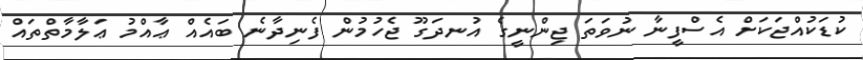
ކުޑަކުއްޖަކަށް އެސްފީނާ ނުވަތަ ޖިންނީގެ އުނދަގޫ ޖެހުމުން ފެނިދާނެ ބައެއް ޢާއްމު ޢަލާމާތްތައް